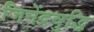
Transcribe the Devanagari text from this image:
जिनेंद्रवुद्धि